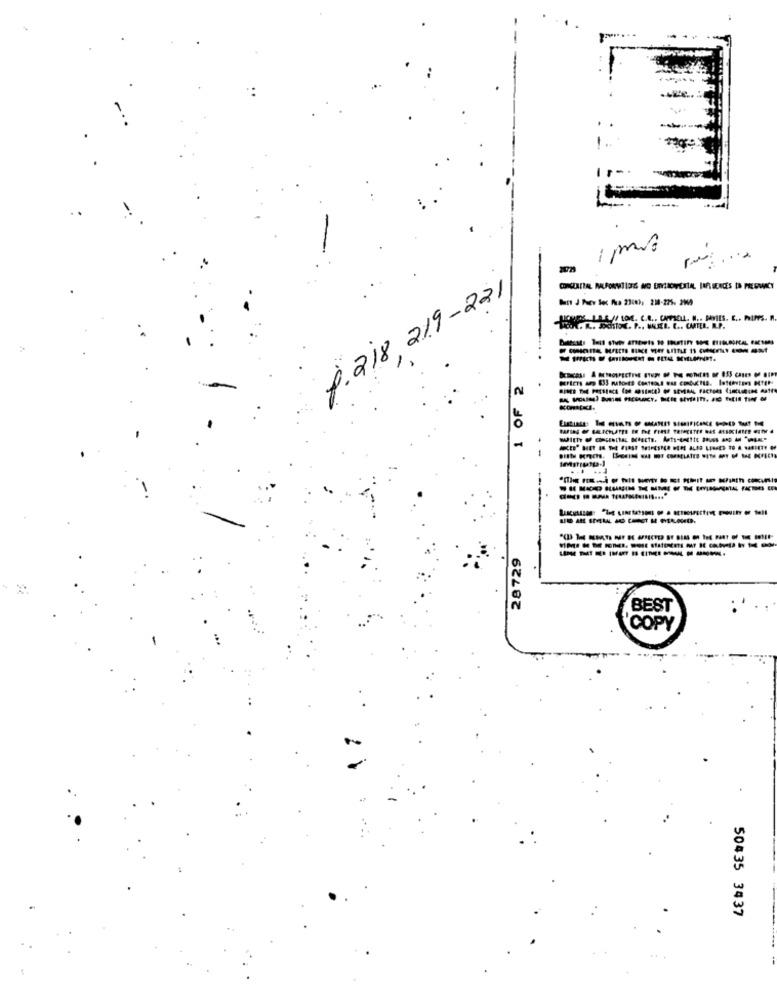
9. 218, 219-221
Frot. R .. Schifol. P ., MAIL. L .. CMTEL. R.P.
OF 2
28729
BEST
COPY
50435 3437